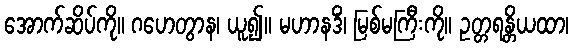
အောက်ဆိပ်ကို။ ဂဟေတွာန၊ ယူ၍။ မဟာနဒိံ၊ မြစ်မကြီးကို။ ဥတ္တရန္တိယထာ၊